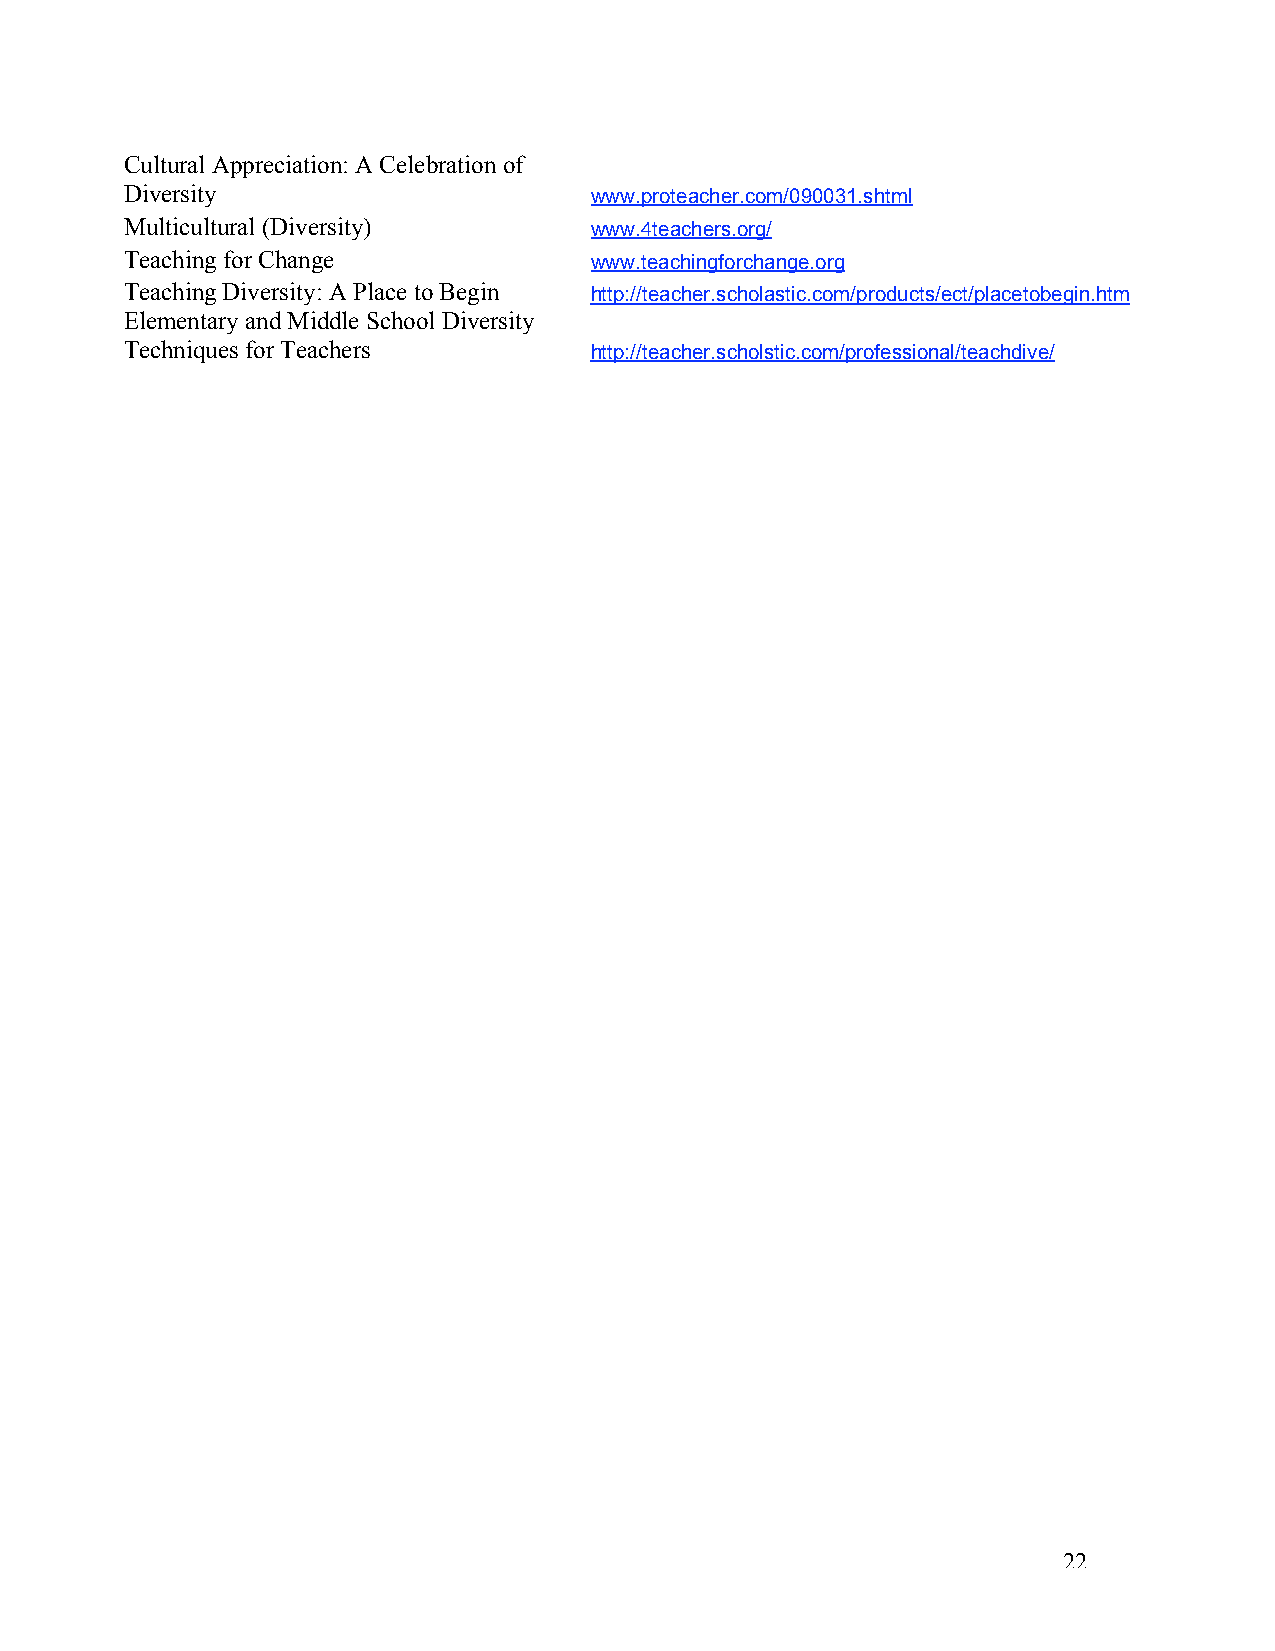
Cultural Appreciation: A Celebration of
 Diversity                      www.proteacher.com/090031.shtml
 Multicultural (Diversity)      www.4teachers.org/
 Teaching for Change            www.teachingforchange.org
 Teaching Diversity: A Place to Begin http://teacher.scholastic.com/products/ect/placetobegin.htm
 Elementary and Middle School Diversity
 Techniques for Teachers        http://teacher.scholstic.com/professional/teachdive/
 22